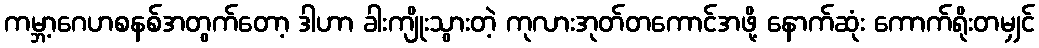
ကမ္ဘာ့ဂေဟစနစ်အတွက်တော့ ဒါဟာ ခါးကျိုးသွားတဲ့ ကုလားအုတ်တကောင်အဖို့ နောက်ဆုံး ကောက်ရိုးတမျှင်